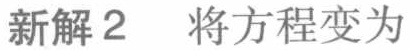
新解2 将方程变为